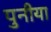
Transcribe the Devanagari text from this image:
पुनीया